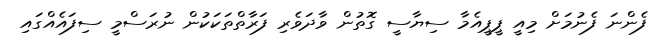
ފެންނަ ފެނުމަށް މިއީ ޕީޕީއެމާ ސިޔާސީ ގޮތުން ވާދަވެރި ފަރާތްތަކަކުން ނުރަސްމީ ސިފައެއްގައި